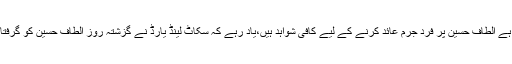
میرا خیال ہے الطاف حسین پر فرد جرم عائد کرنے کے لیے کافی شواہد ہیں،یاد رہے کہ سکاٹ لینڈ یارڈ نے گزشتہ روز الطاف حسین کو گرفتار کیا تھا ۔